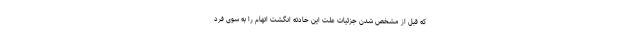
که قبل از مشخص شدن جزئیات علت این حادثه انگشت اتهام را به سوی فرد